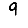
Digit: 9